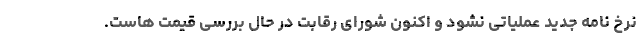
نرخ نامه جدید عملیاتی نشود و اکنون شورای رقابت در حال بررسی قیمت هاست.